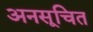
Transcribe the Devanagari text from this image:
अनसूचित